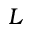
L